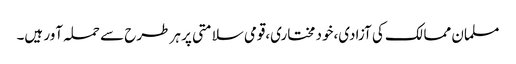
مسلمان ممالک کی آزادی،خود مختاری،قومی سلامتی پر ہر طرح سے حملہ آور ہیں۔